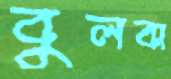
বুলবা